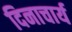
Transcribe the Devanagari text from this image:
दिनाचार्य